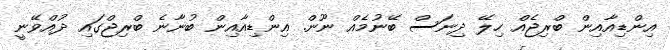
އިންޑިއާއިން ބްރިޖެއް ހިލޭ ދިނަސް ބޭނުމެއް ނޫން. އިންޑިއާއިން ބުނާނެ ބްރިޖްގައި ދުއްވޭނީ